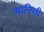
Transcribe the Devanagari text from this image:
मानिती